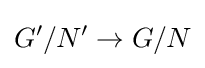
G'/N'\to G/N